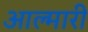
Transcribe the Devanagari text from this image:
आल्मारी